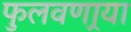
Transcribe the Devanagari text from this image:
फुलवणार्‍या